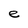
Character: e